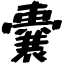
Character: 嚢